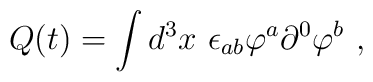
Q(t) = \int d^{3}x \ \epsilon_{ab} \varphi^{a} \partial^{0} \varphi^{b} \ ,